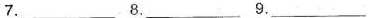
7.___ 8.___ 9.___